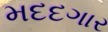
મદદગાર